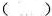
( )